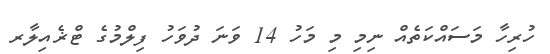
ހުރިހާ މަސައްކަތެއް ނިމި މި މަހު 14 ވަނަ ދުވަހު ފިލްމުގެ ޓްޜެއިލާރ